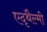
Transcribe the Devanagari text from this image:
एदृथैल्मी